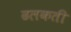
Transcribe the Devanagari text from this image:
ढलकती